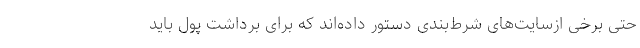
حتی برخی ازسایت‌های شرط‌بندی دستور داده‌اند که برای برداشت پول باید